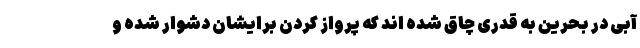
آبی در بحرین به قدری چاق شده اند که پرواز کردن برایشان دشوار شده و